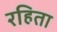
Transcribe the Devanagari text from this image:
रहिता